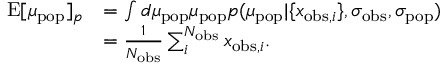
\begin{array} { r l } { \mathrm { E } [ \mu _ { \mathrm { p o p } } ] _ { p } } & { = \int d \mu _ { \mathrm { p o p } } \mu _ { \mathrm { p o p } } p ( \mu _ { \mathrm { p o p } } | \{ x _ { \mathrm { o b s } , i } \} , \sigma _ { \mathrm { o b s } } , \sigma _ { \mathrm { p o p } } ) } \\ & { = \frac { 1 } { N _ { \mathrm { o b s } } } \sum _ { i } ^ { N _ { \mathrm { o b s } } } x _ { \mathrm { o b s } , i } . } \end{array}